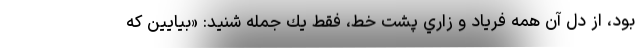
بود، از دل آن همه فرياد و زاري پشت خط، فقط يك جمله شنيد: «بيايين كه